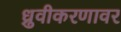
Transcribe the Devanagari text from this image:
ध्रुवीकरणावर